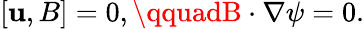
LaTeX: [\mathbf{u},B]=0,\qquadB\cdot\nabla\psi=0.